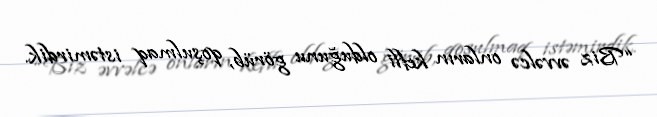
“Biz əvvəlcə onların kefli olduğunu görüb, qoşulmaq istəmirdik.